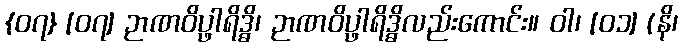
{၀၇} [၀၇] ဉာဏဝိပ္ဖာရိဒ္ဓိ၊ ဉာဏဝိပ္ဖာရိဒ္ဓိလည်းကောင်း။ ဝါ၊ [၀၁] (နိ၊